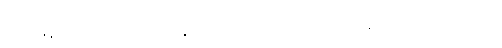
ဂါဠှဗန္ဓနံ၊ မြဲစွာဖွဲ့ခြင်းကို။ ဗန္ဓိတွာ၊ ဖွဲ့၍။ ခုရမုဏ္ဍံ၊ သင်တုန်းဖြင့် ဦးပြီးသည်ကို။